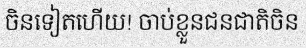
ចិនទៀតហើយ! ចាប់ខ្លួនជនជាតិចិន